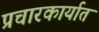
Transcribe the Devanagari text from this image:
प्रचारकार्यात